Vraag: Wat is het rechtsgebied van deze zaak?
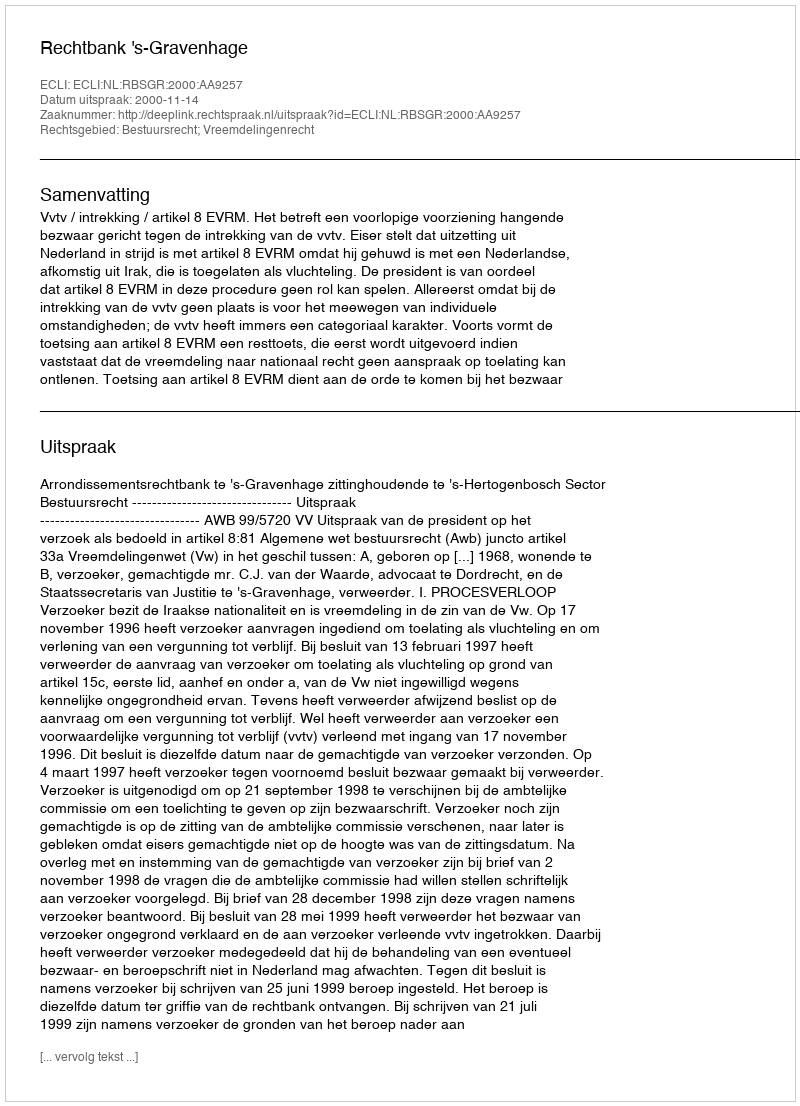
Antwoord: Bestuursrecht; Vreemdelingenrecht